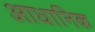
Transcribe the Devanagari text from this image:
आधानिक